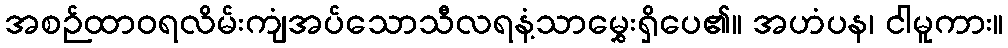
အစဉ်ထာဝရလိမ်းကျံအပ်သောသီလရနံ့သာမွှေးရှိပေ၏။ အဟံပန၊ ငါမူကား။